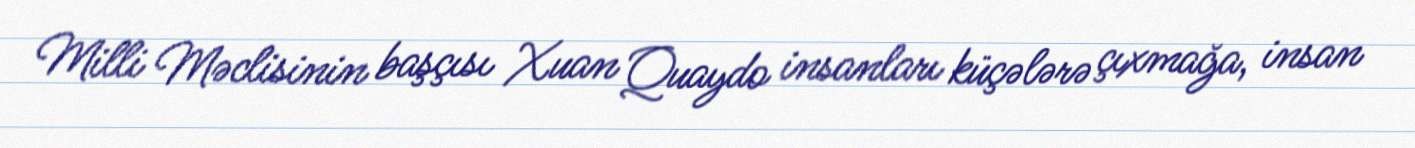
Milli Məclisinin başçısı Xuan Quaydo insanları küçələrə çıxmağa, insan